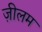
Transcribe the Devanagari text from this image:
ज़ीलम